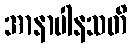
အာနာပါနသတိ